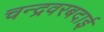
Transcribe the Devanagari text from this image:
चन्द्रवरबदाई